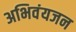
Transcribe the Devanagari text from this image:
अभिवंयजन